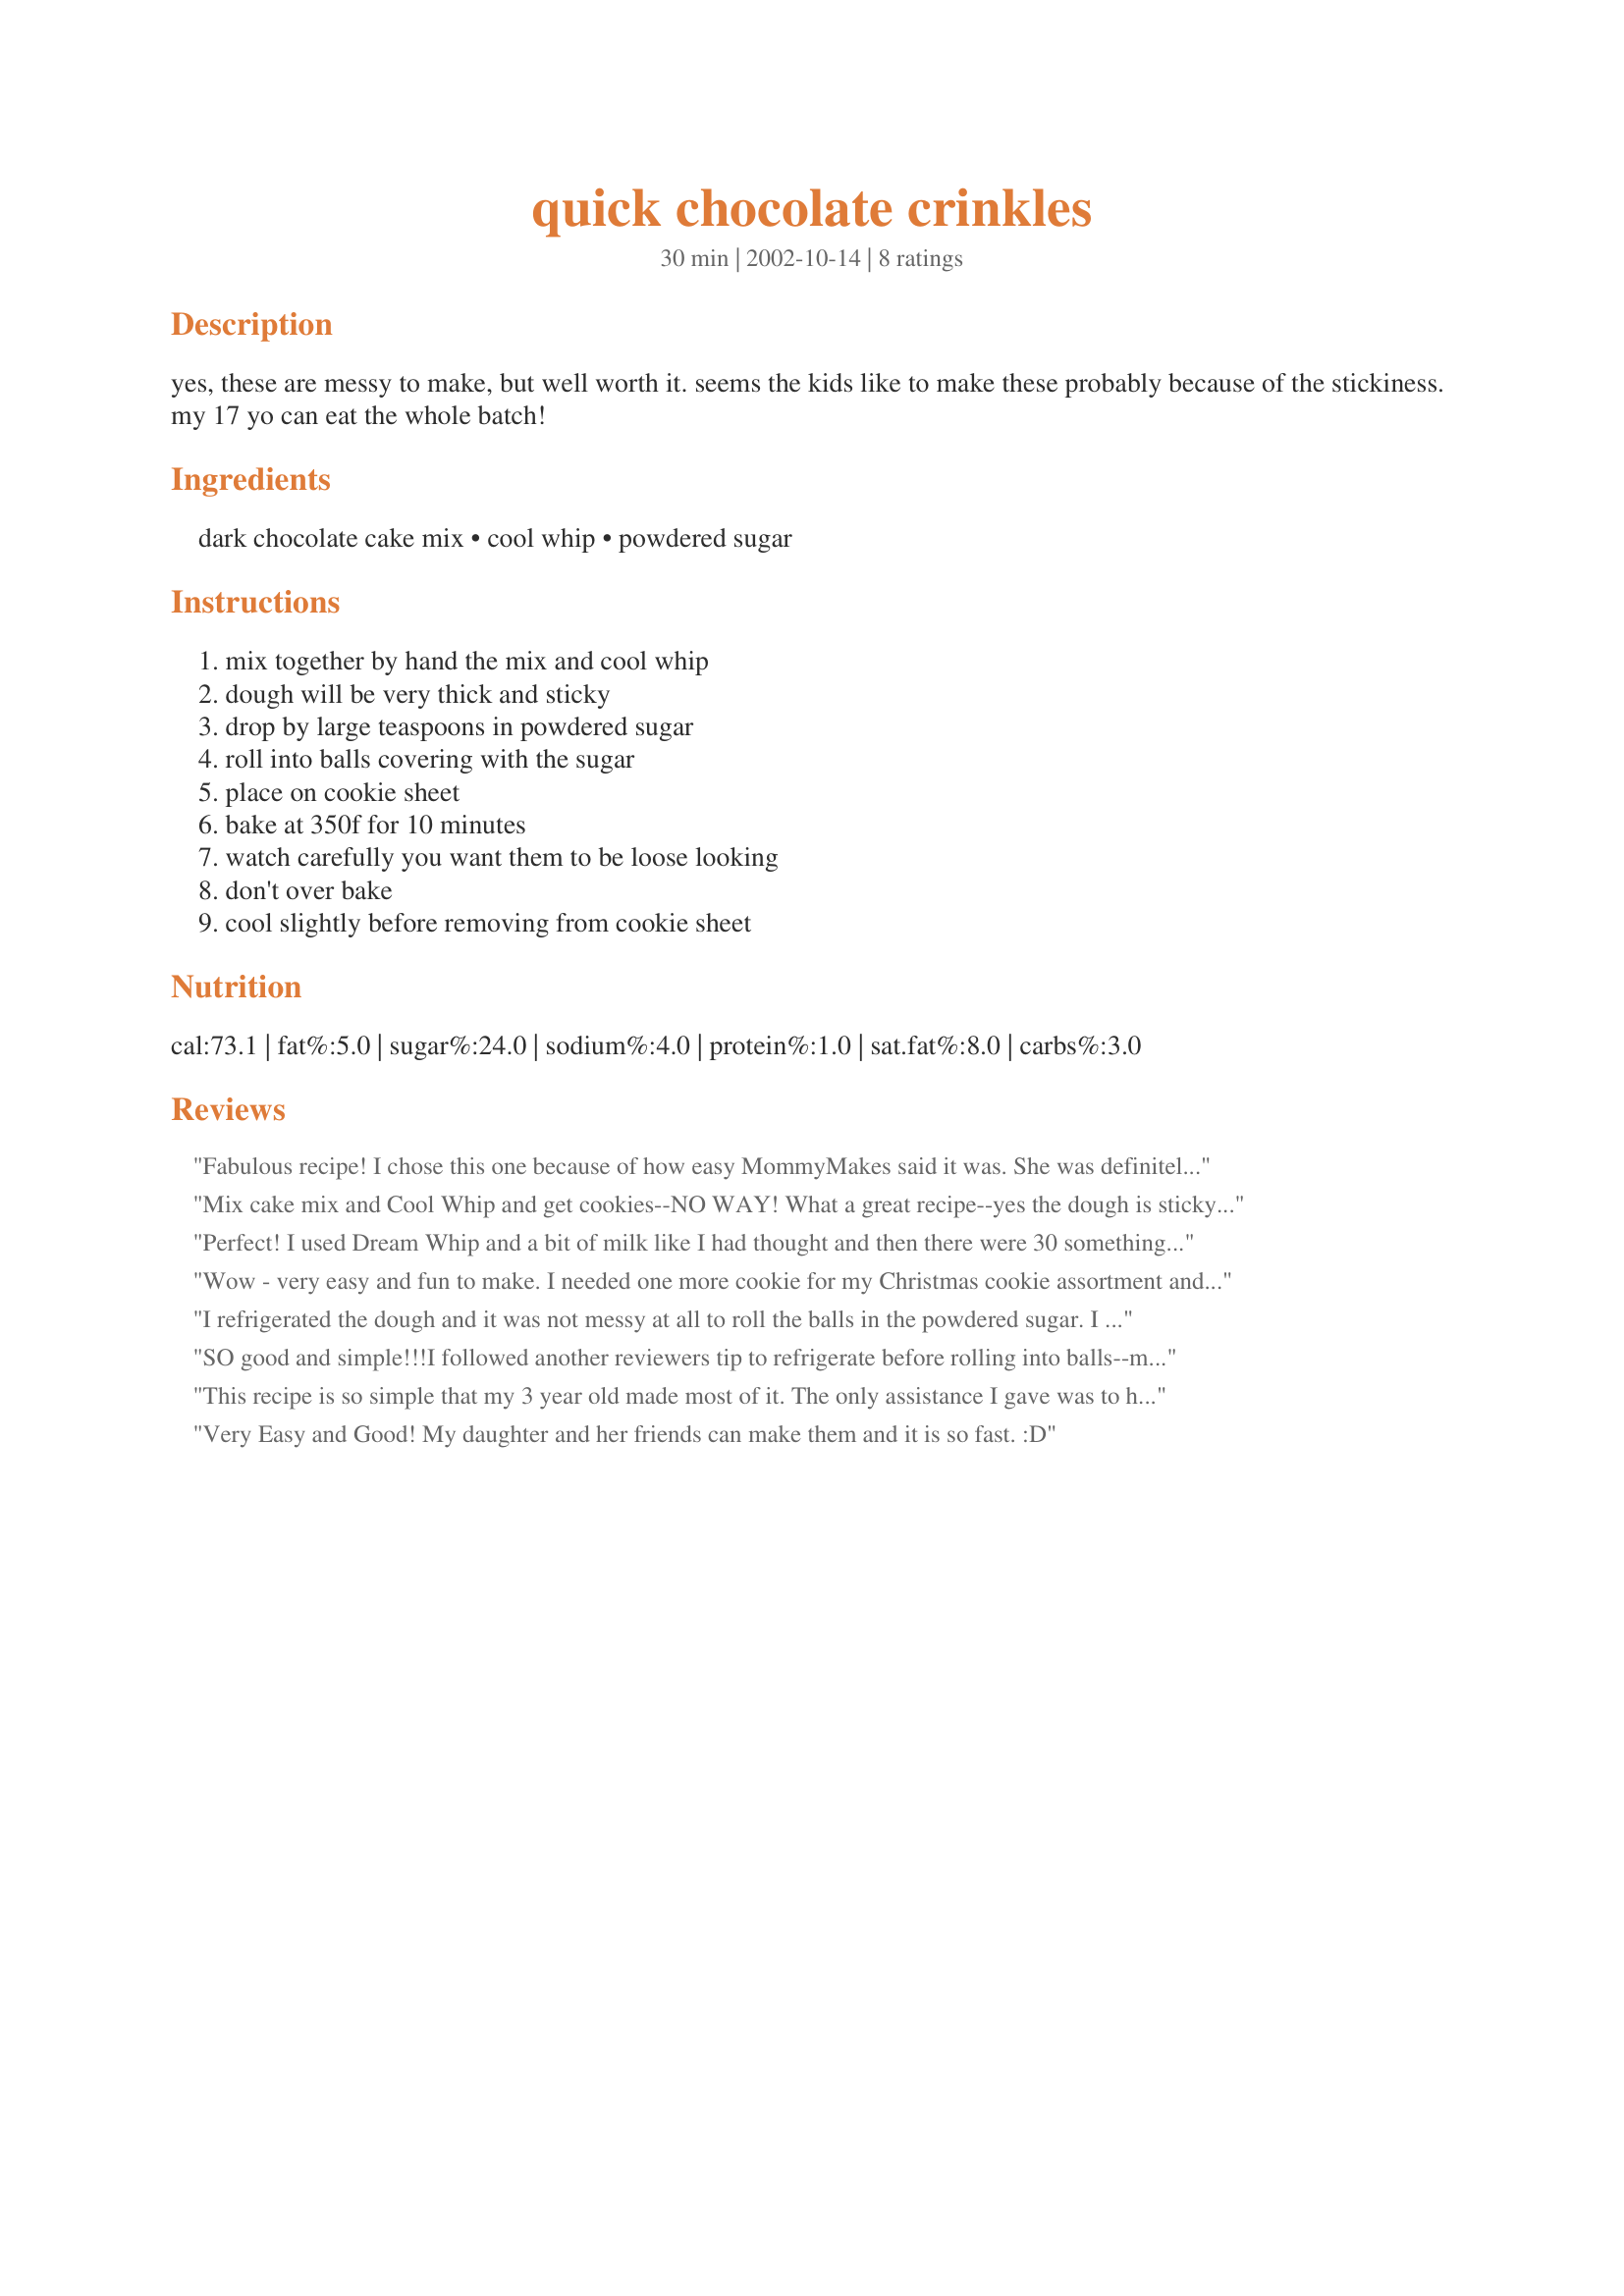
quick chocolate crinkles
Preparation time: 30 minutes

yes, these are messy to make, but well worth it. seems the kids like to make these probably because of the stickiness. my 17 yo can eat the whole batch!

Ingredients:
dark chocolate cake mix, cool whip, powdered sugar

Steps:
mix together by hand the mix and cool whip, dough will be very thick and sticky, drop by large teaspoons in powdered sugar, roll into balls covering with the sugar, place on cookie sheet, bake at 350f for 10 minutes, watch carefully you want them to be loose looking, don't over bake, cool slightly before removing from cookie sheet

Reviews:
Fabulous recipe! I chose this one because of how easy MommyMakes said it was. She was definitely right. My kids (3 & 6) made this themselves to put into the cookie assortments for their teachers. And they were terribly proud to be able to present their teachers with these yummy cookies.
Mix cake mix and Cool Whip and get cookies--NO WAY! What a great recipe--yes the dough is sticky---working with a cookie scoop made baking these a breeze. Added bonus the raw cookie dough is amazing----I got exactly 40 cookies, but would have gotten 42 if I didn't nibble on the dough as I was making these. Thanks for a keeper. I am thinking lemon crinkles would be good too!
Perfect! I used Dream Whip and a bit of milk like I had thought and then there were 30 something less the 4 obligatory test morsels. Great recipe!
Wow - very easy and fun to make. I needed one more cookie for my Christmas cookie assortment and since I meant to try these I figured why not! I used a 16 oz tub of cool whip lite and two boxes of cake mix - so made a lot of cookies. They have a wonderful brownie flavor and are not too sweet as I thought they might be. a great cookie to make any time.
I refrigerated the dough and it was not messy at all to roll the balls in the powdered sugar. I got 40 cookies out of my batch and they came out chewy and chocolately. They took 8-9 minutes in my oven. Very easy recipe for such a great cookie! Thanks for sharing! P.S. I used devil's food cake mix.
SO good and simple!!!<br/>I followed another reviewers tip to refrigerate before rolling into balls--much less sticky.<br/>Thanks!
This recipe is so simple that my 3 year old made most of it. The only assistance I gave was to help stir the cool whip and cake mix together (and the oven of course!) because the mixture is a nightmare to work with. Sticky does not even begin to descibe it! This recipe only made 24 medium cookies for us because I gave up on the dough after that many! But they were delcious! Rich and chewy and pretty, 2 dozen will be more than enough! We will make this often. Ours took about 11 min and I used chcolate fudge cake mix.
Very Easy and Good! My daughter and her friends can make them and it is so fast. :D
